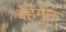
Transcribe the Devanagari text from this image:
देहमुक्त